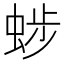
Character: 𧌂